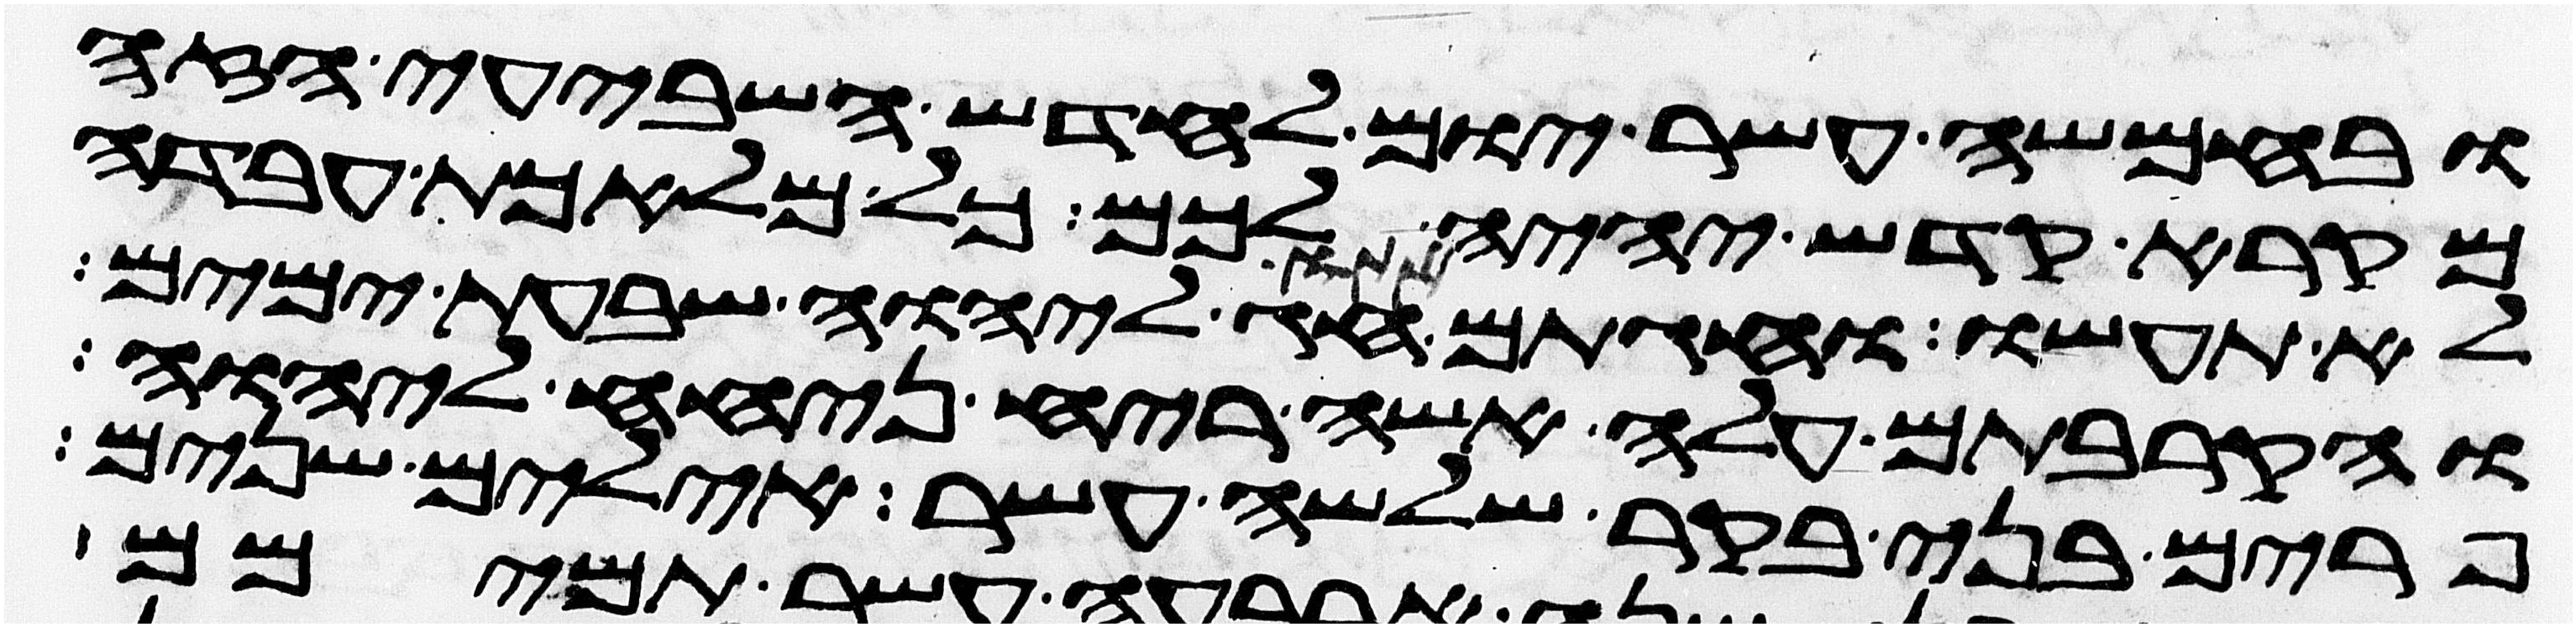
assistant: ובחמשה עשר יום לחדש השביעי הזה
מקרא קדש יהיה לכם כל מלאכת עבדה
לא תעשו וחגתם חג ליהוה שבעת ימים
והקרבתם עלה אשה ריח ניחח ליהוה
פרים בני בקר שלשה עשר אילים שנים